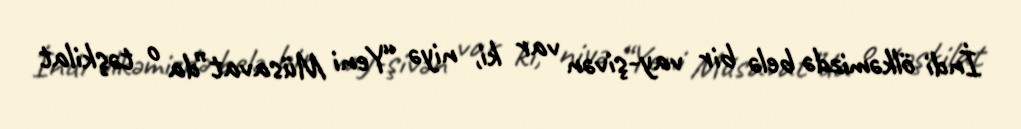
İndi ölkəmizdə belə bir vay-şivən var ki, niyə “Yeni Müsavat”da o təşkilat